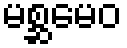
မစ္ဆမေဝ